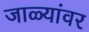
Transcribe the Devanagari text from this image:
जाळ्यांवर